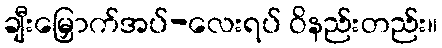
ချီးမြှောက်အပ်-လေးရပ် ဝိနည်းတည်း။